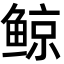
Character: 鲸